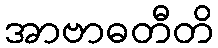
အာဗာဓတီတိ